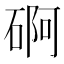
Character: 𮀫